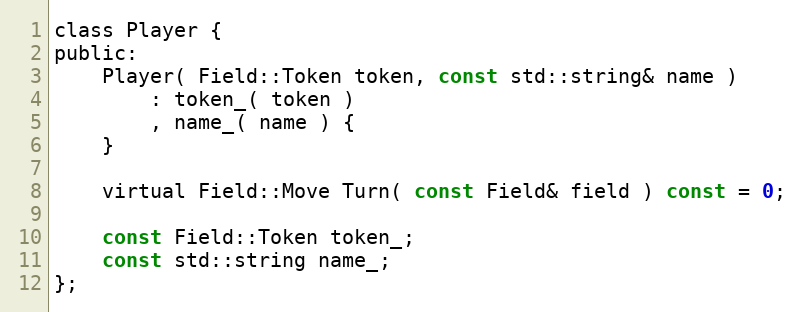
Language: C
class Player {
public:
	Player( Field::Token token, const std::string& name )
		: token_( token )
		, name_( name ) {
	}

	virtual Field::Move Turn( const Field& field ) const = 0;

	const Field::Token token_;
	const std::string name_;
};